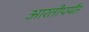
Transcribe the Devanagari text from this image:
आरतीपर्यंत